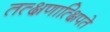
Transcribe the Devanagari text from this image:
तत्क्षणात्क्षिपते